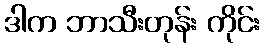
ဒါက ဘာသီးတုန်း ကိုင်း